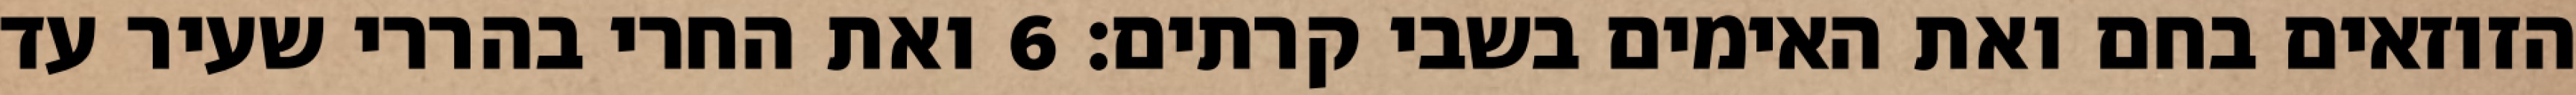
הזוזאים בחם ואת האימים בשבי קרתים׃ ‎6‏ ואת החרי בהררי שעיר עד